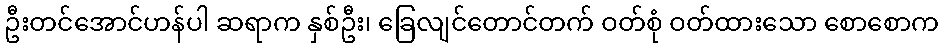
ဦးတင်အောင်ဟန်ပါ ဆရာက နှစ်ဦး၊ ခြေလျင်တောင်တက် ဝတ်စုံ ဝတ်ထားသော စောစောက